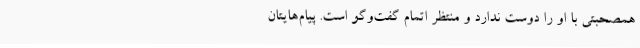
همصحبتی با او را دوست ندارد و منتظر اتمام گفت‌وگو است. پیام‌هایتان